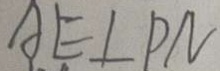
A E \bot P N